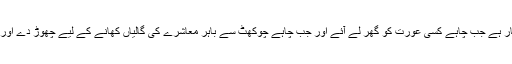
مرد کے پاس معاشرے کا دیا ہوا اختیار ہے جب چاہے کسی عورت کو گھر لے آئے اور جب چاہے چوکھٹ سے باہر معاشرے کی گالیاں کھانے کے لیے چھوڑ دے اور پھر کوئی دوسری لے آئے یا تیسری۔